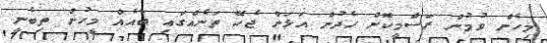
މިހެން ވުމުން ރަސްމީކޮށް ހެދުން އަޅަން ޖެހޭ ތަނެއްގައި ބައެއް މީހުން ތިބެނީ